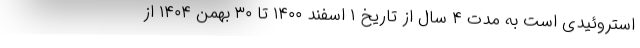
استروئیدی است به مدت ۴ سال از تاریخ ۱ اسفند ۱۴۰۰ تا ۳۰ بهمن ۱۴۰۴ از